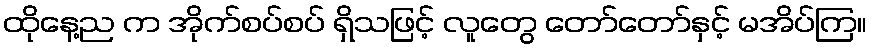
ထိုနေ့ည က အိုက်စပ်စပ် ရှိသဖြင့် လူတွေ တော်တော်နှင့် မအိပ်ကြ။